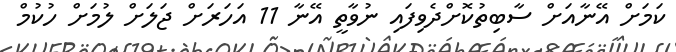
ކަމަށް އޭނާއަށް ސާބިތުކޮށްދެވިފައި ނުވާތީ އޭނާ 11 އަހަރަށް ޖަަލަށް ލުމަށް ހުކުމް